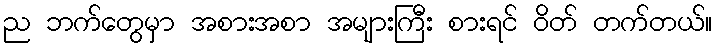
ည ဘက်တွေမှာ အစားအစာ အများကြီး စားရင် ဝိတ် တက်တယ်။